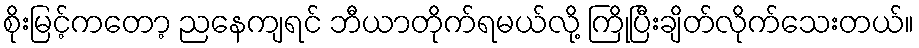
စိုးမြင့်ကတော့ ညနေကျရင် ဘီယာတိုက်ရမယ်လို့ ကြိုပြီးချိတ်လိုက်သေးတယ်။